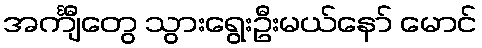
အင်္ကျီတွေ သွားရွေးဦးမယ်နော် မောင်